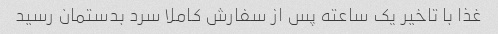
غذا با تاخیر یک ساعته پس از سفارش کاملا سرد بدستمان رسید